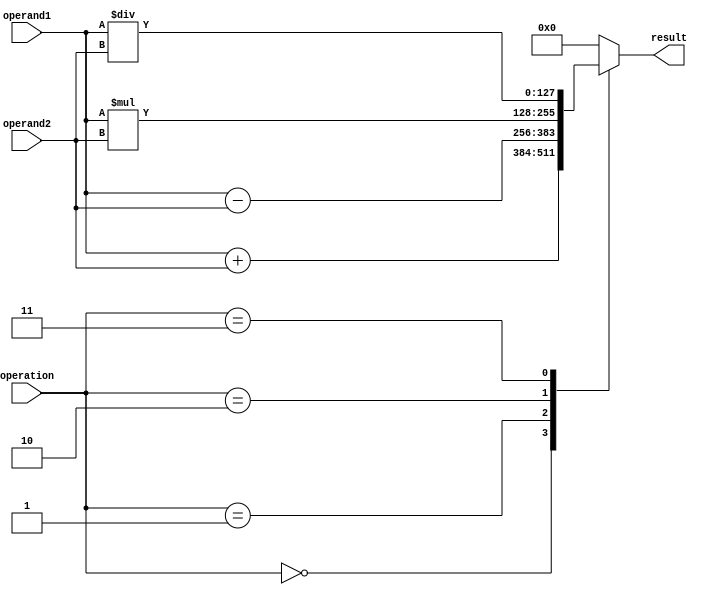
module QuadruplePrecisionUnit (
    input wire [127:0] operand1,
    input wire [127:0] operand2,
    input wire [3:0] operation,
    output reg [127:0] result
);

always @(*) begin
    case(operation)
        4'b0000: result = operand1 + operand2; // Addition
        4'b0001: result = operand1 - operand2; // Subtraction
        4'b0010: result = operand1 * operand2; // Multiplication
        4'b0011: result = operand1 / operand2; // Division
        default: result = 128'h0; // Default case
    endcase
end

endmodule